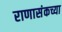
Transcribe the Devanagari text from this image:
राणासंकच्या